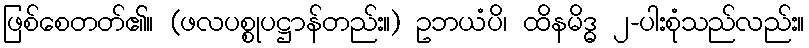
ဖြစ်စေတတ်၏။ (ဖလပစ္စုပဋ္ဌာန်တည်း။) ဥဘယံပိ၊ ထိနမိဒ္ဓ ၂-ပါးစုံသည်လည်း။